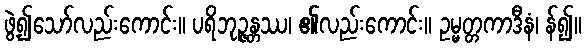
ဖွဲ့၍သော်လည်းကောင်း။ ပရိဘုဉ္ဇန္တဿ၊ ၏လည်းကောင်း။ ဥမ္မတ္တကာဒီနံ၊ န်၍။